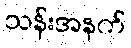
သန်းအနက်